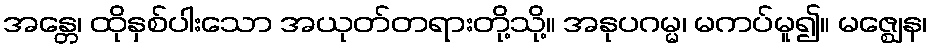
အန္တေ၊ ထိုနှစ်ပါးသော အယုတ်တရားတို့သို့။ အနုပဂမ္မ၊ မကပ်မူ၍။ မဇ္ဈေန၊